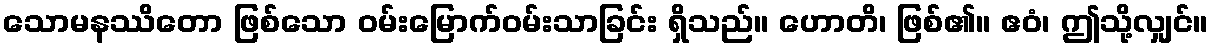
သောမနဿိတော ဖြစ်သော ဝမ်းမြောက်ဝမ်းသာခြင်း ရှိသည်။ ဟောတိ၊ ဖြစ်၏။ ဧဝံ၊ ဤသို့လျှင်။